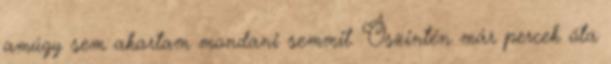
amúgy sem akartam mondani semmit. Őszintén már percek óta